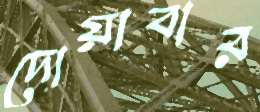
দোয়াবার